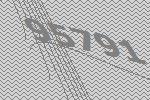
95791